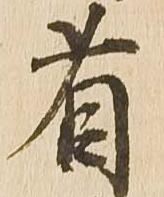
省